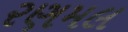
રણમલ